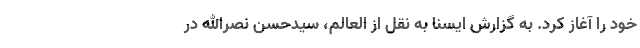
خود را آغاز کرد. به گزارش ایسنا به نقل از العالم، سیدحسن نصرالله در